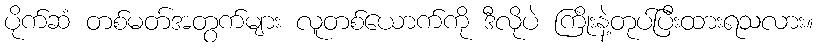
ပိုက်ဆံ တစ်မတ်အတွက်များ လူတစ်ယောက်ကို ဒီလိုပဲ ကြိုးနဲ့တုပ်ပြီးထားရသလား။